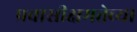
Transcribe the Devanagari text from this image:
प्रवासीक्षमतेच्या